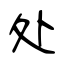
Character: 处